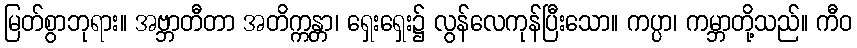
မြတ်စွာဘုရား။ အဗ္ဘာတီတာ အတိက္ကန္တာ၊ ရှေးရှေး၌ လွန်လေကုန်ပြီးသော။ ကပ္ပာ၊ ကမ္ဘာတို့သည်။ ကီဝ